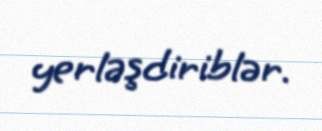
yerləşdiriblər.